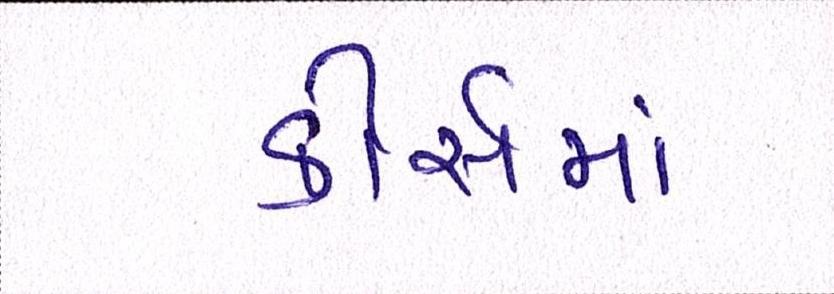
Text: કોસૅમાં